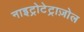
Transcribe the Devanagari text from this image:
नाइट्रोटेट्राज़ोल